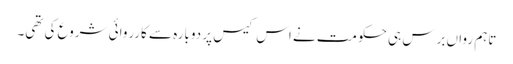
تاہم رواں برس ہی حکومت نے اس کیس پر دوبارہ سے کارروائی شروع کی تھی۔